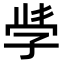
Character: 𭓇